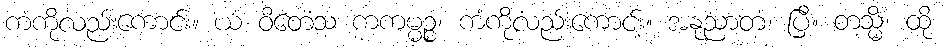
ကံကိုလည်းကောင်း။ ယံ ဝိတေသ ကကမ္မဉ္စ၊ ကံကိုလည်းကောင်း။ အနုညာတံ၊ ပြီ။ တသ္မိံ၊ ထို